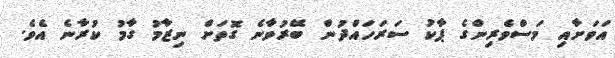
އަވަށާއި މަސްވެރިންގެ ޕާކު ސަރަހައްދުން ބޭރުވާނެ ގޮތަށް ނިޒާމު ގާމު ކުރާނެ އެވެ.